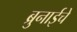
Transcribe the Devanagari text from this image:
ब्रुनाईचे